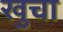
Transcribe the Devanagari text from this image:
खुचा